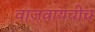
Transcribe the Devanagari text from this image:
वाजवायचीच